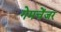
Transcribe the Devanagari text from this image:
गेमचेंजर